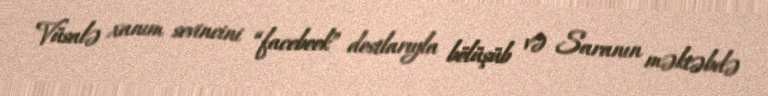
Vüsalə xanım sevincini “facebook” dostlarıyla bölüşüb və Saranın məktəbdə